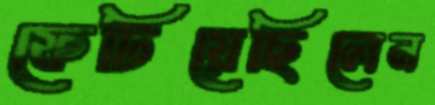
ফেটিয়েছিলেন